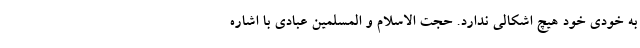
به خودی خود هیچ اشکالی ندارد. حجت الاسلام و المسلمین عبادی با اشاره